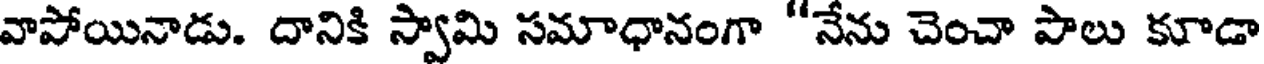
వాపోయినాడు. దానికి స్వామి సమాధానంగా "నేను చెంచా పాలు కూడా